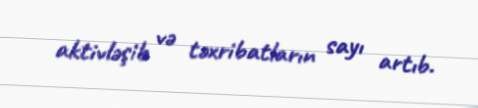
aktivləşib və təxribatların sayı artıb.